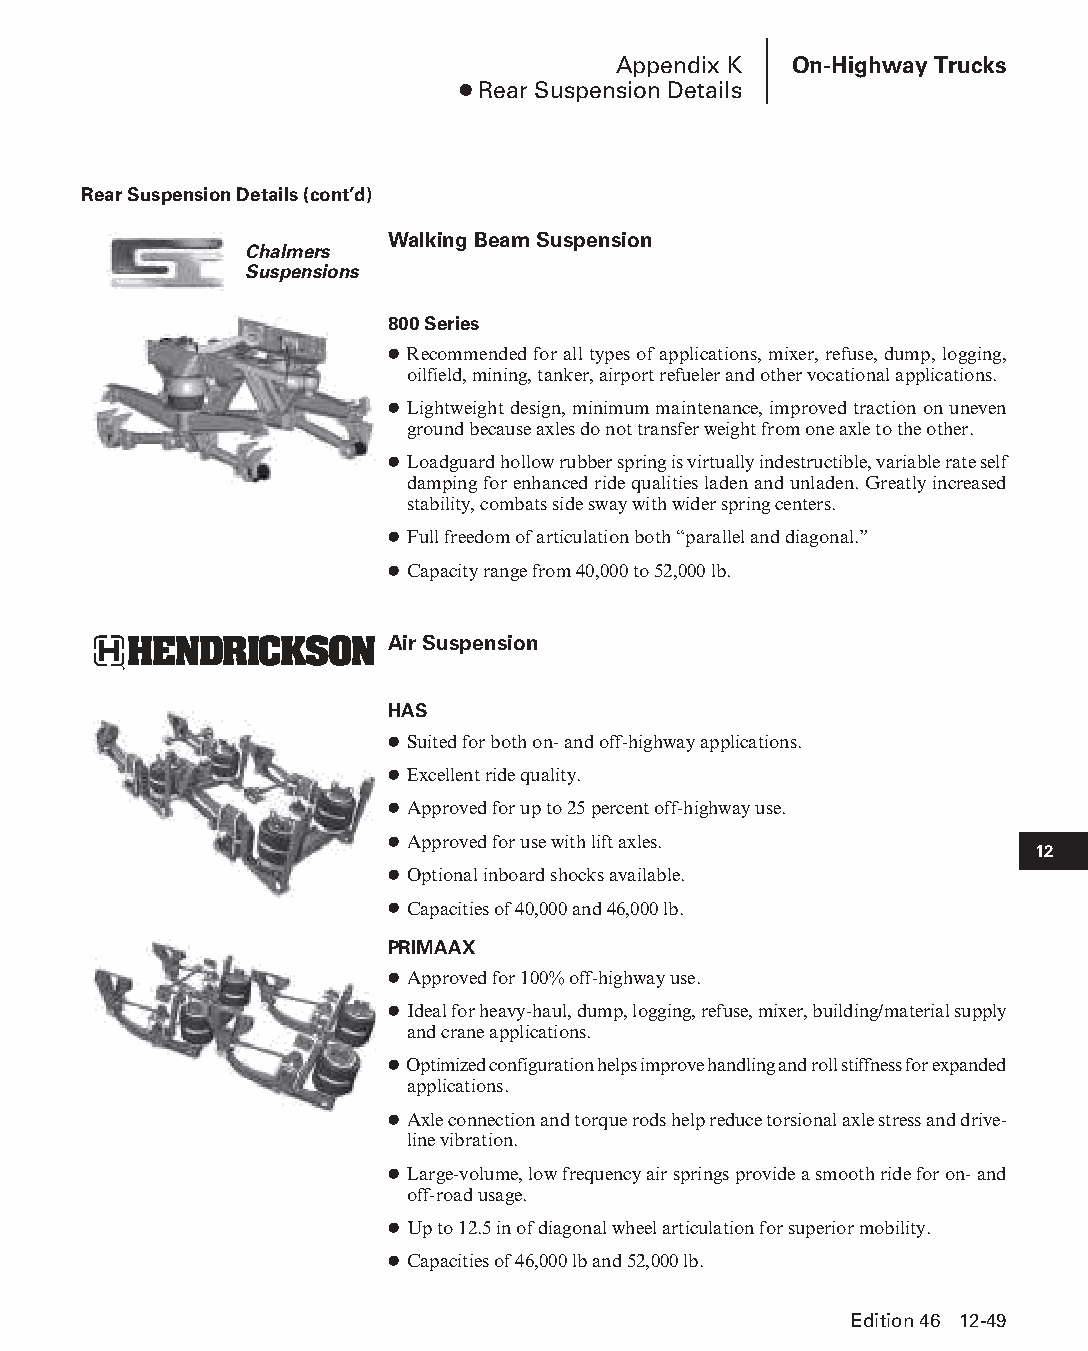
Appendix K  On-Highway Trucks
 ● Rear Suspension Details
 Rear Suspension Details (cont’d)
 Walking Beam Suspension
 Chalmers
 Suspensions
 800 Series
 ● Recommended for all types of applications, mixer, refuse, dump, logging,
 oilfield, mining, tanker, airport refueler and other vocational applications.
 ● Lightweight design, minimum maintenance, improved traction on uneven
 ground because axles do not transfer weight from one axle to the other.
 ● Loadguard hollow rubber spring is virtually indestructible, variable rate self
 damping for enhanced ride qualities laden and unladen. Greatly increased
 stability, combats side sway with wider spring centers.
 ● Full freedom of articulation both “parallel and diagonal.”
 ● Capacity range from 40,000 to 52,000 lb.
 Air Suspension
 HAS
 ● Suited for both on- and off-highway applications.
 ● Excellent ride quality.
 ● Approved for up to 25 percent off-highway use.
 ● Approved for use with lift axles.
 12
 ● Optional inboard shocks available.
 ● Capacities of 40,000 and 46,000 lb.
 PRIMAAX
 ● Approved for 100% off-highway use.
 ● Ideal for heavy-haul, dump, logging, refuse, mixer, building/material supply
 and crane applications.
 ● Optimized configuration helps improve handling and roll stiffness for expanded
 applications.
 ● Axle connection and torque rods help reduce torsional axle stress and drive-
 line vibration.
 ● Large-volume, low frequency air springs provide a smooth ride for on- and
 off-road usage.
 ● Up to 12.5 in of diagonal wheel articulation for superior mobility.
 ● Capacities of 46,000 lb and 52,000 lb.
 Edition 46 12-49
 PPHHBB--SSeecc1122--1166..iinndddd 4499                        1122//44//1155 1100::4477 AAMM